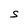
Character: S